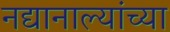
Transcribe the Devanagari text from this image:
नद्यानाल्यांच्या